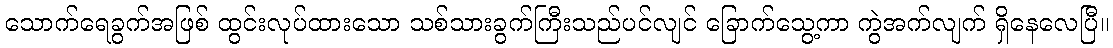
သောက်ရေခွက်အဖြစ် ထွင်းလုပ်ထားသော သစ်သားခွက်ကြီးသည်ပင်လျင် ခြောက်သွေ့ကာ ကွဲအက်လျက် ရှိနေလေပြီ။